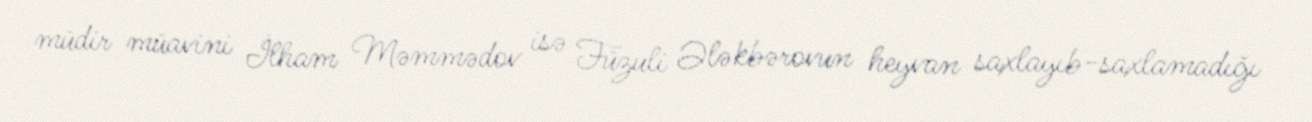
müdir müavini İlham Məmmədov isə Füzuli Ələkbərovun heyvan saxlayıb-saxlamadığı